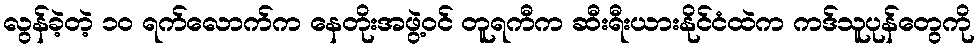
လွန်ခဲ့တဲ့ ၁၀ ရက်လောက်က နေတိုးအဖွဲ့ဝင် တူရကီက ဆီးရီးယားနိုင်ငံထဲက ကဒ်သူပုန်တွေကို